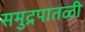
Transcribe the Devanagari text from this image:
समुद्रपातळी